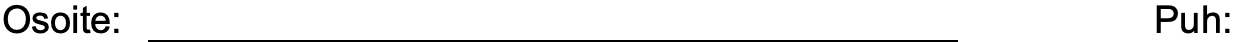
Osoite:                               Puh: